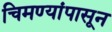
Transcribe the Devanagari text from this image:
चिमण्यांपासून